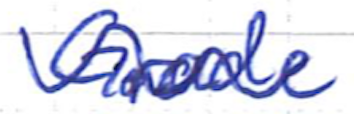
Text: Grade
Cross-out: wave
Writing tool: ballpoint